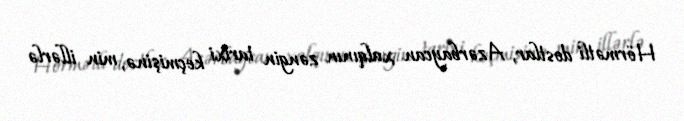
Hörmətli dostlar, Azərbaycan xalqının zəngin tarixi keçmişinə, min illərlə